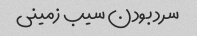
سرد بودن سیب زمینی